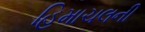
હિમાચલની